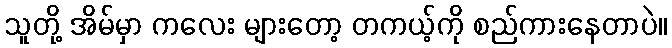
သူတို့ အိမ်မှာ ကလေး များတော့ တကယ့်ကို စည်ကားနေတာပဲ။